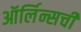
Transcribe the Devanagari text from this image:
ऑर्लिन्सची